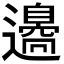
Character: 𨘢